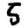
Digit: 5